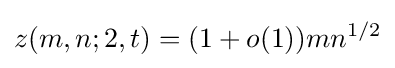
z(m,n;2,t)=(1+o(1))mn^{1/2}